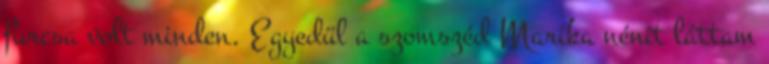
furcsa volt minden. Egyedül a szomszéd Marika nénit láttam